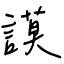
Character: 謨